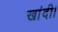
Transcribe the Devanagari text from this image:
खांदी।